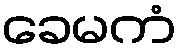
ခေမကံ